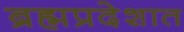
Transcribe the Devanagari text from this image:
ब्रह्मप्रदेशात